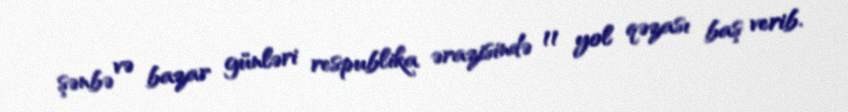
şənbə və bazar günləri respublika ərazisində 11 yol qəzası baş verib.